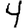
Digit: 4